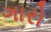
ગારો